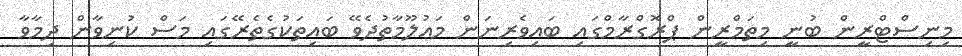
މިނިސްޓްރީން ބުނީ މިތަމްރީން ޕްރޮގްރާމްގައި ބައިވެރިނަން މަޢުލޫމާތުދެވޭ ބައިތަކުގެތެރޭގައި މަސް ކުނިވާން ދިމާވާ